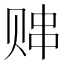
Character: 𬥸